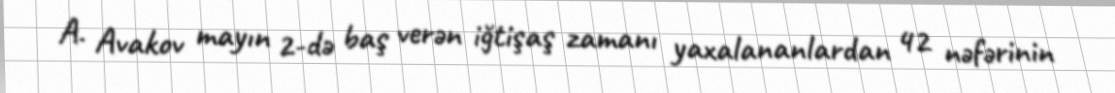
A. Avakov mayın 2-də baş verən iğtişaş zamanı yaxalananlardan 42 nəfərinin